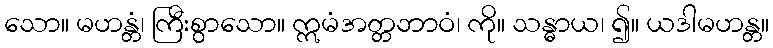
သော။ မဟန္တံ၊ ကြီးစွာသော။ ဣမံအတ္တဘာဝံ၊ ကို။ သန္ဓာယ၊ ၍။ ယဒါမဟန္တ။